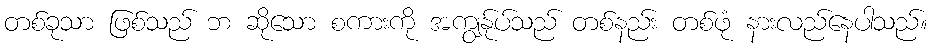
တစ်ခုသာ ဖြစ်သည် ဘ ဆိုသော စကားကို အကျွန်ုပ်သည် တစ်နည်း တစ်ဖုံ နားလည်နေပါသည်။